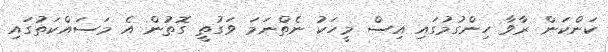
ކަންކަން ރާވާ ހިންގުމުގައި އިސް މީހަކު ނެތްނަމަ ވަގުތީ ގޮތުން އެ މަސައްކަތުގައި